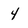
Character: 4